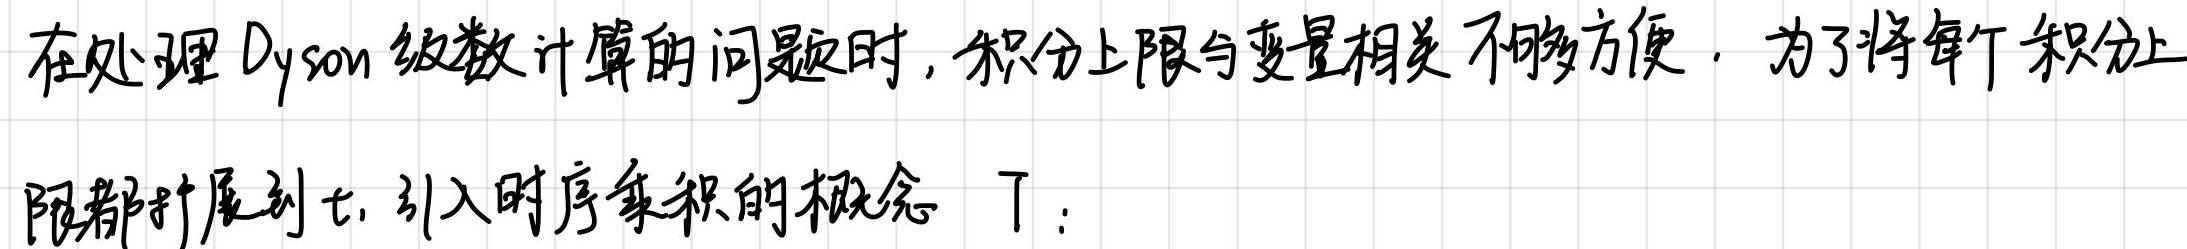
在处理 Dyson 级数计算的问题时，积分上限与变量相关不够方便. 为了将每个积分上限都扩展到 $\tau$, 引入时序乘积的概念 $T$: